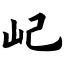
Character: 屺